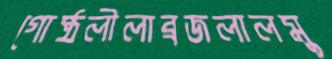
গোষ্ঠলীলাব্রজলালমু